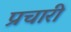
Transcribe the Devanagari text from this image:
प्रचारी